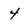
Character: 4